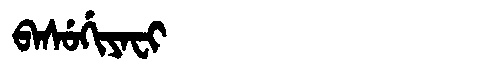
Manchu: ᠪᠠᠰᡠᡤᡳᠶᠠᠸᡳ
Romanization: BASUGIYAFI